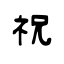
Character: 祝